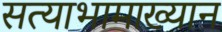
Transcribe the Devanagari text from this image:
सत्याभामाख्यान